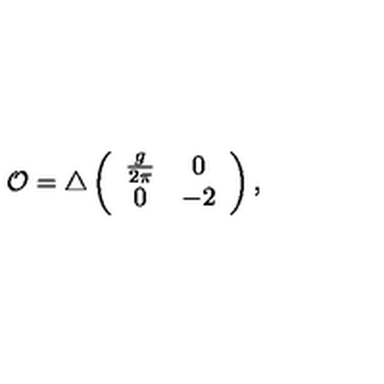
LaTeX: { \cal O } = \triangle \left( \begin{array} { c c } { \frac { g } { 2 \pi } } & { 0 } \\ { 0 } & { - 2 } \\ \end{array} \right) ,